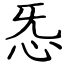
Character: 㤅